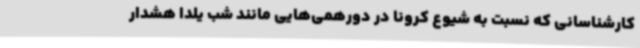
کارشناسانی که نسبت به شیوع کرونا در دورهمی‌هایی مانند شب یلدا هشدار